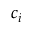
c _ { i }